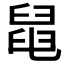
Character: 𦦁